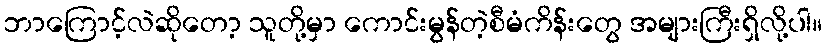
ဘာကြောင့်လဲဆိုတော့ သူတို့မှာ ကောင်းမွန်တဲ့စီမံကိန်းတွေ အများကြီးရှိလို့ပါ။